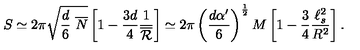
S \simeq 2 \pi \sqrt { \frac { d } { 6 } \ \overline { N } } \left[ 1 - \frac { 3 d } { 4 } \frac { 1 } { \overline { { \cal R } } } \right] \simeq 2 \pi \left( \frac { d \alpha ^ { \prime } } { 6 } \right) ^ { \frac { 1 } { 2 } } M \left[ 1 - \frac { 3 } { 4 } \frac { \ell _ { s } ^ { 2 } } { R ^ { 2 } } \right] .